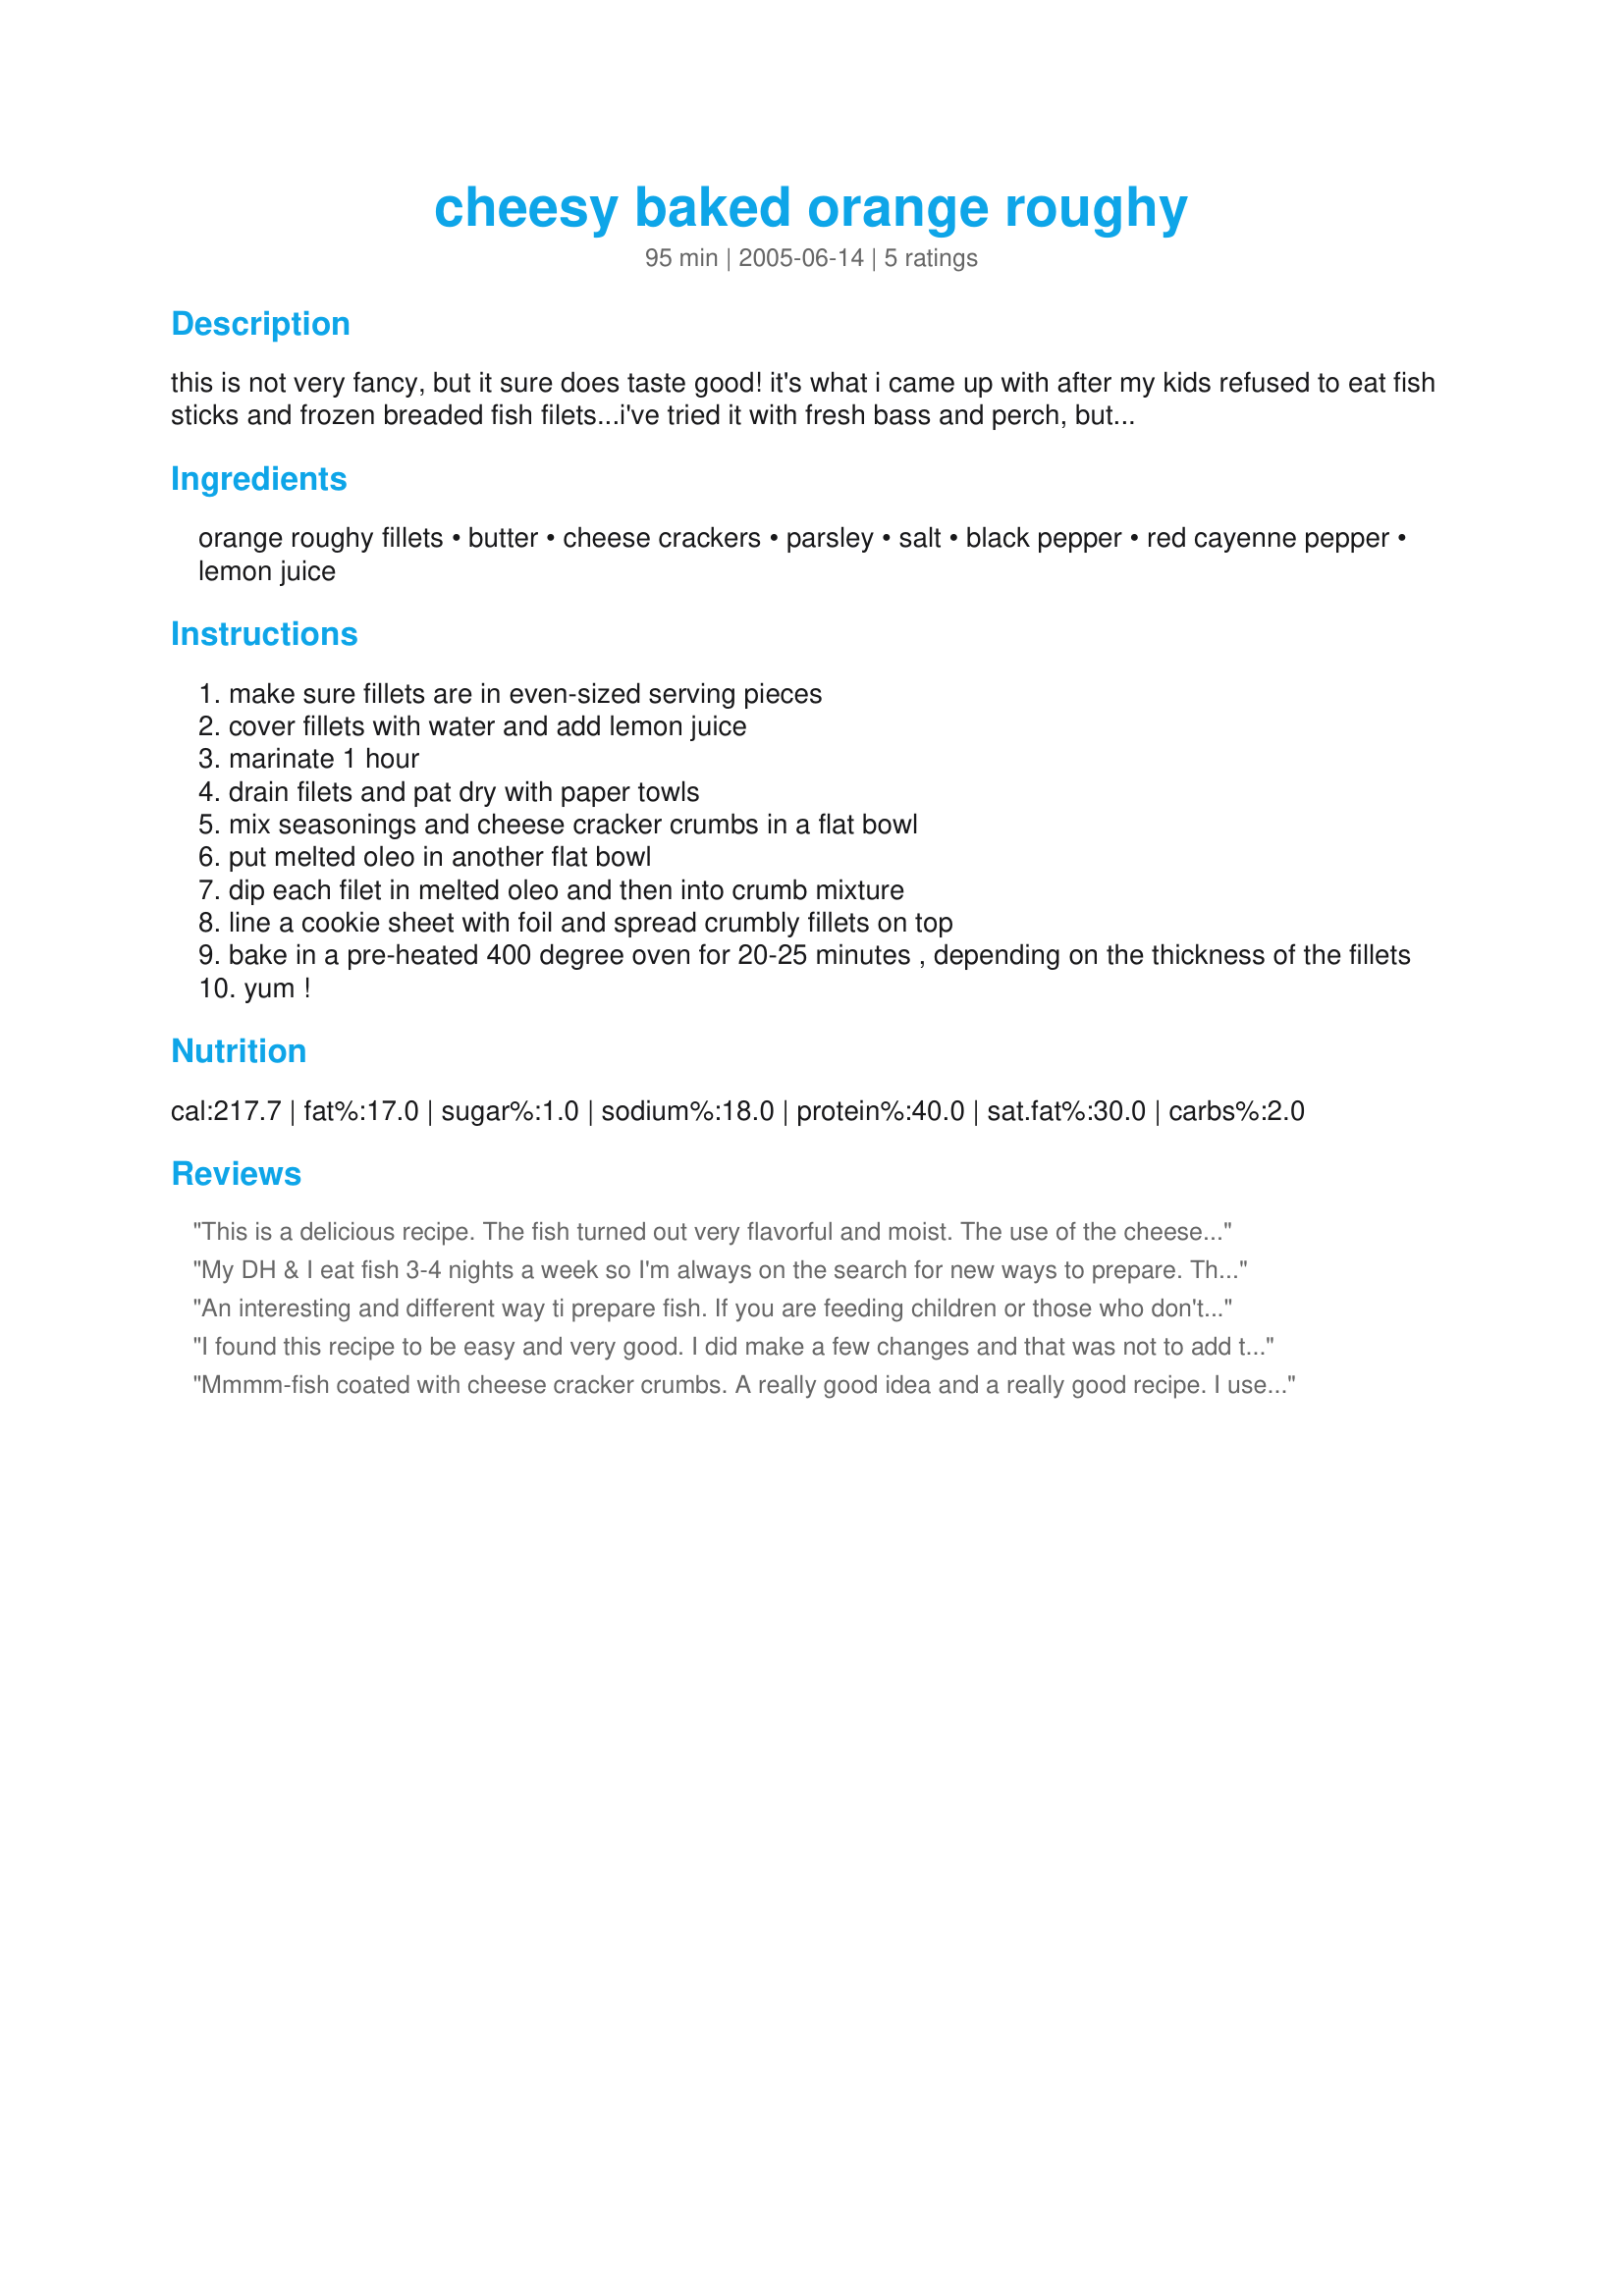
cheesy baked orange roughy
Preparation time: 95 minutes

this is not very fancy, but it sure does taste good! it's what i came up with after my kids refused to eat fish sticks and frozen breaded fish filets...i've tried it with fresh bass and perch, but my favorite is made with orange roughy (less fishy-tasting and economical, i think...) note: 60 minutes of the prep time is 60 minutes of marinating time.

Ingredients:
orange roughy fillets, butter, cheese crackers, parsley, salt, black pepper, red cayenne pepper, lemon juice

Steps:
make sure fillets are in even-sized serving pieces
cover fillets with water and add lemon juice
marinate 1 hour
drain filets and pat dry with paper towls
mix seasonings and cheese cracker crumbs in a flat bowl
put melted oleo in another flat bowl
dip each filet in melted oleo and then into crumb mixture
line a cookie sheet with foil and spread crumbly fillets on top
bake in a pre-heated 400 degree oven for 20-25 minutes , depending on the thickness of the fillets
yum !

Reviews:
This is a delicious recipe. The fish turned out very flavorful and moist. The use of the cheese crackers makes such a difference in the coating and overall flavor of the fish. The only change I made was to omit the water in the marinade and just used the lemon juice as my roughy had been frozen and I didn't want the texture of the fish to suffer and become "waterlogged". Thank you Stacky5RLC for sharing the recipe.
My DH & I eat fish 3-4 nights a week so I'm always on the search for new ways to prepare. This recipe was DELICIOUS! I skipped the marinade all together and as we have to follow a lower sodium diet I skipped the salt and used just enough cheese crackers to put a decent coating on each piece of fish. Baked as directed as it was absolutely YUMMY! Definitely will be added to my line up for regular use.
An interesting and different way ti prepare fish. If you are feeding children or those who don't like spicy things, you might want to cut back on the peppers.
I found this recipe to be easy and very good. I did make a few changes and that was not to add the salt and I used cheeze-its instead of the nips but since there is salt on the crackers I thought it would be best to not add more. I also didn't have parsley and I was a little leary in making it without but I had everything else and went for it. I certainly didn't miss the parsley but next time I make it I will try it with the parsley. I've already added this to my "Cookbook". Thanks!
Mmmm-fish coated with cheese cracker crumbs. A really good idea and a really good recipe. I used tilapia and skipped the marinating step. Instead, I just sprinkled a little lemon juice over the fish just before putting it in the oven. Great taste!
